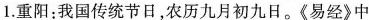
1.重阳：我国传统节日，农历九月初九日。《易经》中